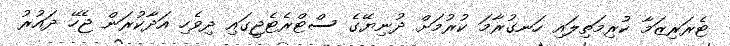
ޓެރަރިޒަމާ ކުރިމަތިލައި ހަނގުރާމަ ކުރުމަށް ދުނިޔޭގެ ސްޓްރެޓެޖީގައި ދިވެހި އަދާކުރަން ޖެހޭ ދައުރު